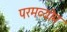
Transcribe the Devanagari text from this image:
परमव्योम